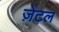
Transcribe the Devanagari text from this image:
ज़ेटल